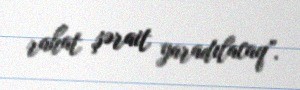
rahat şərait yaradılacaq”.